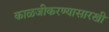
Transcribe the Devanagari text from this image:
काळजीकरण्यासारखी